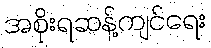
အစိုးရဆန့်ကျင်ရေး